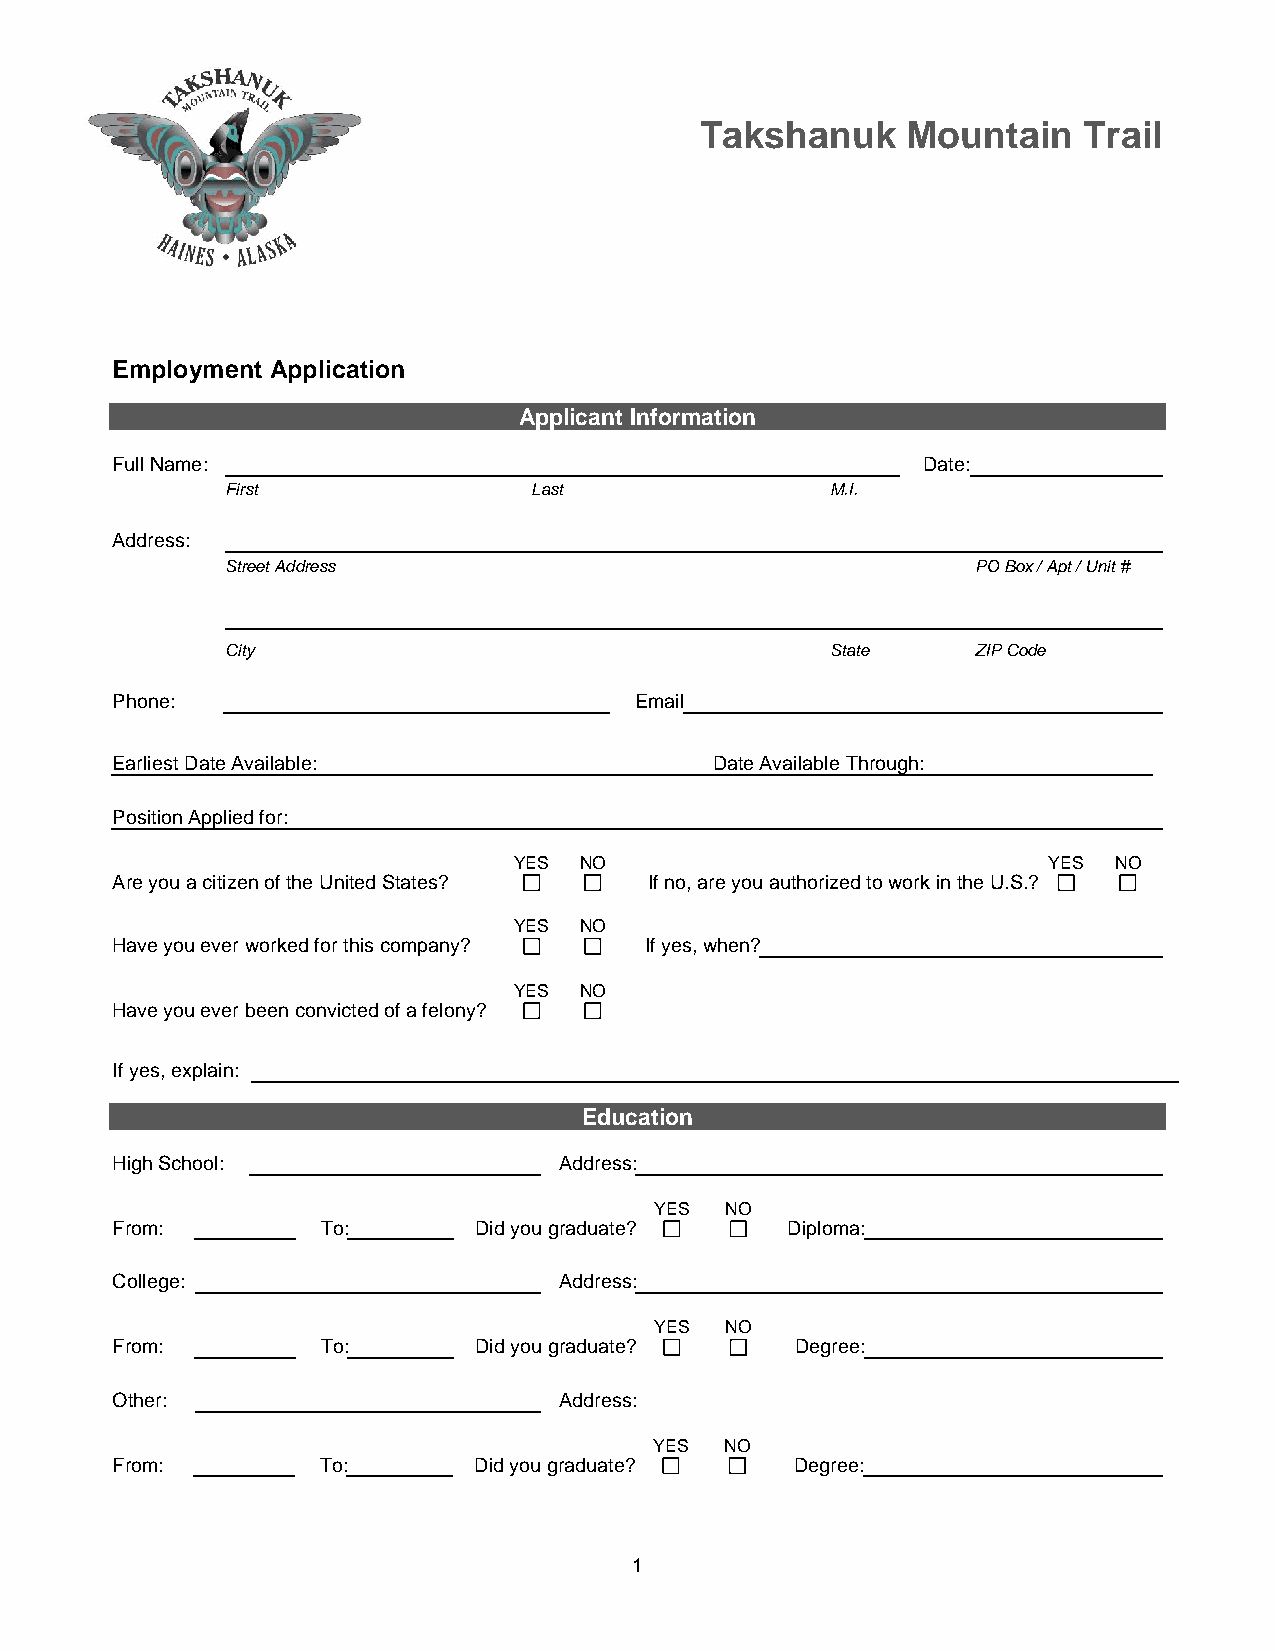
Takshanuk     Mountain    Trail
 Employment Application
 Applicant Information
 Full Name:                                            Date:
 First               Last                M.I.
 Address:
 Street Address                                    PO Box / Apt / Unit #
 City                                    State     ZIP Code
 Phone:                             Email
 Earliest Date Available:                Date Available Through:
 Position Applied for:
 YES NO                             YES  NO
 Are you a citizen of the United States? If no, are you authorized to work in the U.S.?
 YES NO
 Have you ever worked for this company? If yes, when?
 YES NO
 Have you ever been convicted of a felony?
 If yes, explain:
 Education
 High School:                  Address:
 YES  NO
 From:         To:       Did you graduate?    Diploma:
 College:                      Address:
 YES  NO
 From:         To:       Did you graduate?     Degree:
 Other:                        Address:
 YES  NO
 From:         To:       Did you graduate?     Degree:
 1